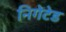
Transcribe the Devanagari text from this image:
निगेटेड